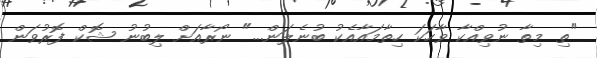
"ތި މިތާ ނުވިއްކާ ވާހަކަ ހިތާމައާއެކު ބުނެލަން..." ނޯރާއަށް ލިބުނު ޝޮކް ފޮރުވަން